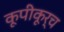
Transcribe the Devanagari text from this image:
कूपीकूर्च